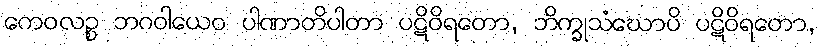
ကေဝလဉ္စ ဘဂဝါယေဝ ပါဏာတိပါတာ ပဋိဝိရတော, ဘိက္ခုသံဃောပိ ပဋိဝိရတော,